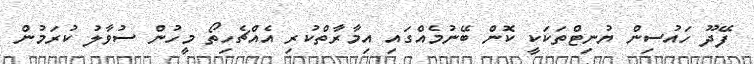
ފޭދޫ ހައުސިން ޔުނިޓްތަކަކީ ކޮން ބޭނުމެއްގައި އިމާރާތްކުރި އެއްޗެހިތޯ މީހުން ސުވާލު ކުރަމުން